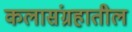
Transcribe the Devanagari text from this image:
कलासंग्रहातील